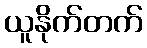
ယူနိုက်တက်